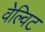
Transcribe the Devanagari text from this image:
वेल्विट